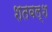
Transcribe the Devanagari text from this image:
शतवल्श